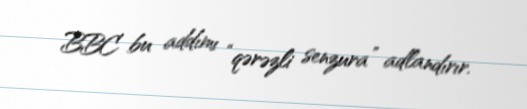
BBC bu addımı “qərəzli senzura” adlandırır.